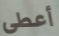
أعطى